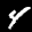
Label: 4